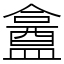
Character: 盫